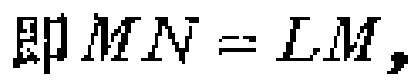
即 \(MN = LM\)，